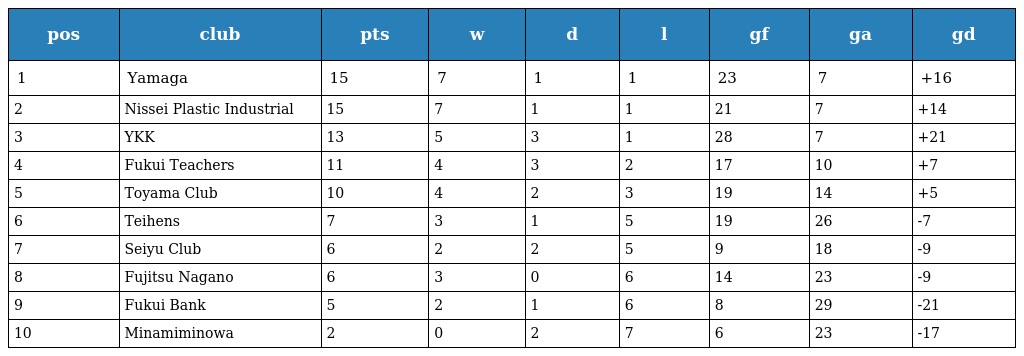
| pos | club | pts | w | d | l | gf | ga | gd |
 | --- | --- | --- | --- | --- | --- | --- | --- | --- |
 | 1 | Yamaga | 15 | 7 | 1 | 1 | 23 | 7 | +16 |
 | 2 | Nissei Plastic Industrial | 15 | 7 | 1 | 1 | 21 | 7 | +14 |
 | 3 | YKK | 13 | 5 | 3 | 1 | 28 | 7 | +21 |
 | 4 | Fukui Teachers | 11 | 4 | 3 | 2 | 17 | 10 | +7 |
 | 5 | Toyama Club | 10 | 4 | 2 | 3 | 19 | 14 | +5 |
 | 6 | Teihens | 7 | 3 | 1 | 5 | 19 | 26 | -7 |
 | 7 | Seiyu Club | 6 | 2 | 2 | 5 | 9 | 18 | -9 |
 | 8 | Fujitsu Nagano | 6 | 3 | 0 | 6 | 14 | 23 | -9 |
 | 9 | Fukui Bank | 5 | 2 | 1 | 6 | 8 | 29 | -21 |
 | 10 | Minamiminowa | 2 | 0 | 2 | 7 | 6 | 23 | -17 |